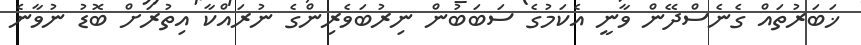
ޚަބަރުތައް ގެނެސްދޭން ވާނީ އެކަމުގެ ސަބަބުން ނިރުބަވެރިންގެ ނުރައްކާ އިތުރަށް ބޮޑު ނުވާނެ